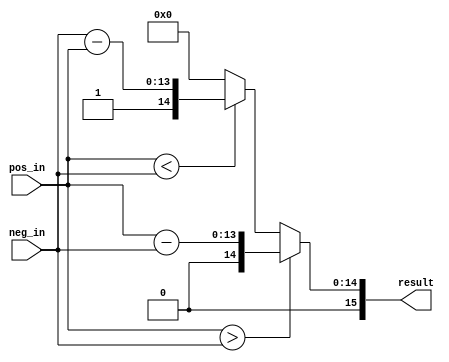
module Final_addition#(
    parameter Data_width_addition=14
)(
    input [Data_width_addition-1:0] pos_in,
    input [Data_width_addition-1:0] neg_in,
    output reg signed [15:0] result
);

always @(*) begin
    if(pos_in>neg_in) begin
        result = {1'b0, pos_in-neg_in};
    end
    else if(pos_in<neg_in) begin
        result = {1'b1, neg_in-pos_in};
    end
    else begin
        result = 0;
    end
end
endmodule